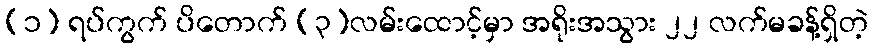
(၁) ရပ်ကွက် ပိတောက် (၃)လမ်းထောင့်မှာ အရိုးအသွား ၂၂ လက်မခန့်ရှိတဲ့